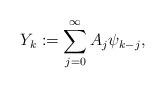
LaTeX: \begin{align*}Y_k\mathrel{\mathop:}=\sum_{j=0}^\infty A_j\psi_{k-j},\end{align*}